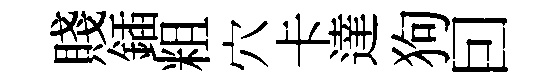
賤鍤粗穴卡達狗囙